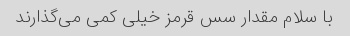
با سلام مقدار سس قرمز خیلی کمی می‌گذارند